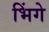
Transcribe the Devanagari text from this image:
भिंगे